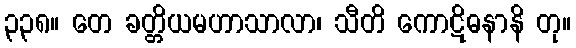
၃၃၈။ တေ ခတ္တိယမဟာသာလာ၊ သီတိ ကောဋိဓနာနိ တု။